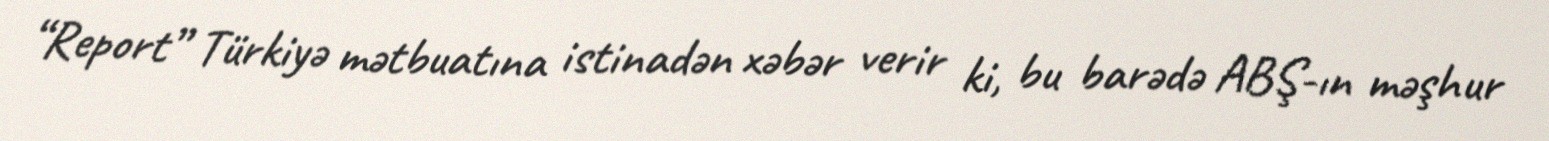
“Report” Türkiyə mətbuatına istinadən xəbər verir ki, bu barədə ABŞ-ın məşhur